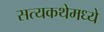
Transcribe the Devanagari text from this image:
सत्यकथेमध्ये